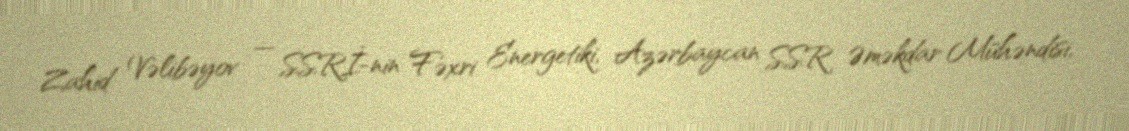
Zahid Vəlibəyov — SSRİ-nin Fəxri Energetiki, Azərbaycan SSR Əməkdar Mühəndisi,